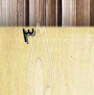
٣